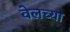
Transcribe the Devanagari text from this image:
वेलच्या